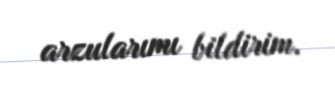
arzularımı bildirim.